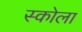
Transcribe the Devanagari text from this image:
स्कोला